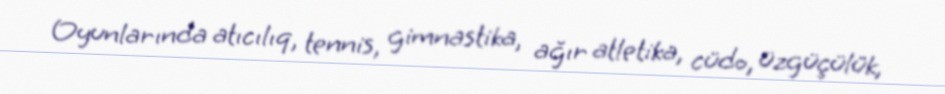
Oyunlarında atıcılıq, tennis, gimnastika, ağır atletika, cüdo, üzgüçülük,